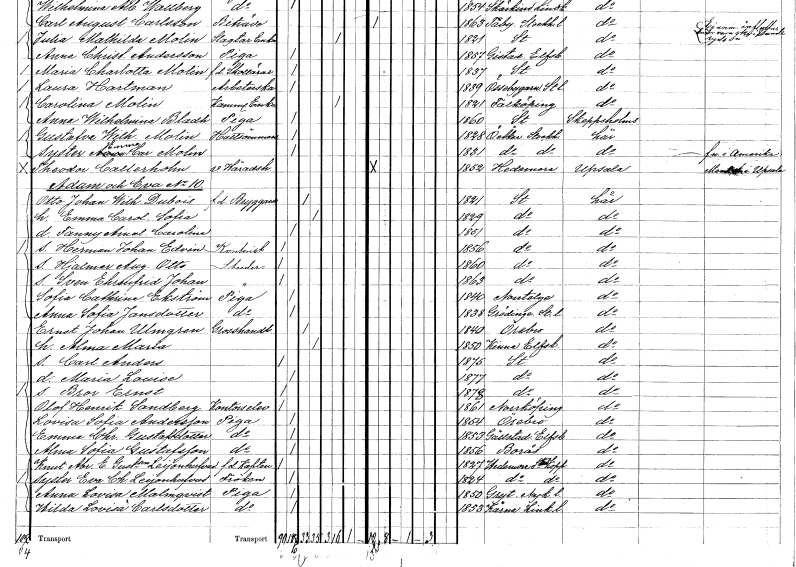
gt_parse: households: individuals: FN: Otto Johan Wilhelm
EN: Dubois
YRKE: Bryggare f.d.
KON: M
CIV: G
FODAR: 1821
FODFORS: Stockholm
FN: Emma Carolina Sofia
KON: K
CIV: G
FODAR: 1829
FODFORS: Stockholm
FN: Fanny Amalia Carolina
KON: K
CIV: O
FODAR: 1851
FODFORS: Stockholm
FN: Herman Johan Edvin
YRKE: Kontorist
KON: M
CIV: O
FODAR: 1856
FODFORS: Stockholm
FN: Hjalmar August Otto
YRKE: Studerande
KON: M
CIV: O
FODAR: 1860
FODFORS: Stockholm
FN: Sven Ehrenfrid Johan
YRKE: Studerande
KON: M
CIV: O
FODAR: 1863
FODFORS: Stockholm
FN: Sofia Cathrina
EN: Ekström
YRKE: Piga
KON: K
CIV: O
FODAR: 1840
FODFORS: Norrtälje Stockholms län
FN: Anna Sofia
EN: Jansdotter
YRKE: Piga
KON: K
CIV: O
FODAR: 1838
FODFORS: Grödinge Stockholms län
FN: Ernst Johan
EN: Ulmgren
YRKE: Grosshandlare
KON: M
CIV: G
FODAR: 1840
FODFORS: Örebro Örebro län
FN: Alma Maria
KON: K
CIV: G
FODAR: 1850
FODFORS: Kinna Älvsborgs län
FN: Carl Anders
KON: M
CIV: O
FODAR: 1875
FODFORS: Stockholm
FN: Maria Louise
KON: K
CIV: O
FODAR: 1877
FODFORS: Stockholm
FN: Bror Ernst
KON: M
CIV: O
FODAR: 1878
FODFORS: Stockholm
FN: Olof Henrik
EN: Sandberg
YRKE: Kontorselev
KON: M
CIV: O
FODAR: 1861
FODFORS: Norrköping Östergötlands län
FN: Lovisa Sofia
EN: Andersson
YRKE: Piga
KON: K
CIV: O
FODAR: 1854
FODFORS: Örebro Örebro län
FN: Emma Christina
EN: Gustafsdotter
YRKE: Piga
KON: K
CIV: O
FODAR: 1853
FODFORS: Gällstad Älvsborgs län
FN: Alma Sofia
EN: Gustafsson
YRKE: Piga
KON: K
CIV: O
FODAR: 1856
FODFORS: Borås Älvsborgs län
FN: Knut Abraham E.
EN: Gustafsson Leijonhufvud
YRKE: Kapten armén och flottan f.d.
KON: M
CIV: O
FODAR: 1827
FODFORS: Hedemora Kopparbergs län
FN: Eva Charlotta
EN: Leijonhufvud
KON: K
CIV: O
FODAR: 1824
FODFORS: Hedemora Kopparbergs län
FN: Anna Lovisa
EN: Malmqvist
YRKE: Piga
KON: K
CIV: O
FODAR: 1850
FODFORS: Gryt Södermanlands län
FN: Hilda Lovisa
EN: Carlsdotter
YRKE: Piga
KON: K
CIV: O
FODAR: 1853
FODFORS: Kärna Östergötlands län